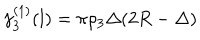
LaTeX: \gamma _ { 3 } ^ { ( 1 ) } ( l ) = \pi { \rho _ { 3 } } \Delta ( 2 R - \Delta )